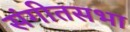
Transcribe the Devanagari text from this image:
संगीतसभा